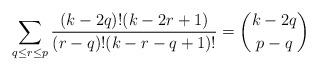
LaTeX: \begin{align*} \sum_{q \leq r \leq p} \frac{(k-2q)! (k-2r+1)}{(r-q)! (k-r-q+1)!} = \binom{k-2q}{p-q} \end{align*}